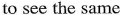
to see the same